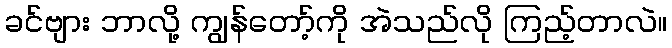
ခင်ဗျား ဘာလို့ ကျွန်တော့်ကို အဲသည်လို ကြည့်တာလဲ။